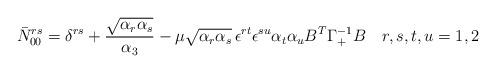
LaTeX: \begin{align*}\bar N_{00}^{rs} = \delta^{rs} + {\sqrt{\alpha_r\alpha_s} \over\alpha_3} -\mu\sqrt{\alpha_r\alpha_s}\,\epsilon^{rt}\epsilon^{su}\alpha_t \alpha_u B^T \Gamma_+^{-1} B \quad r,s,t,u = 1,2\end{align*}